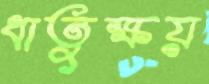
ধাতুক্ষয়